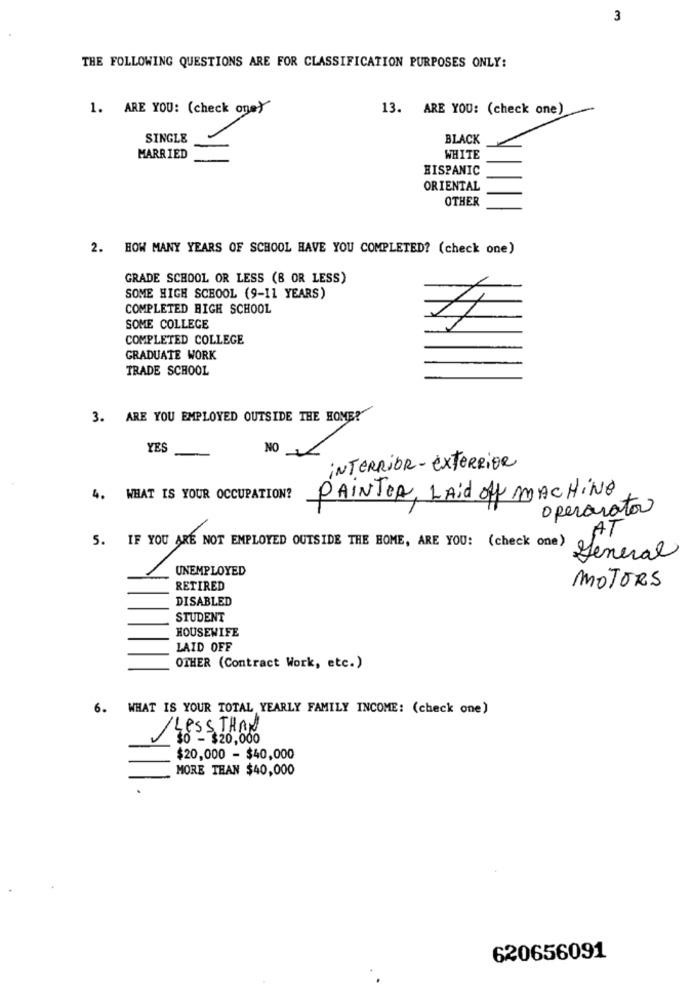
3
THE FOLLOWING QUESTIONS ARE FOR CLASSIFICATION PURPOSES ONLY:
1. ARE YOU: (check one)
13. ARE YOU: (check one)
SINGLE
BLACK
MARRIED
WHITE
HISPANIC
ORIENTAL
OTHER
2. HOW MANY YEARS OF SCHOOL HAVE YOU COMPLETED? (check one)
GRADE SCHOOL OR LESS (B OR LESS)
SOME HIGH SCHOOL (9-11 YEARS)
COMPLETED HIGH SCHOOL
SOME COLLEGE
COMPLETED COLLEGE
GRADUATE WORK
TRADE SCHOOL
3. ARE YOU EMPLOYED OUTSIDE THE HOME?"
YES
NO
INTERRiOR- exterRiOR
4. WHAT IS YOUR OCCUPATION?
PAINTER, Laid off MACHINE
operarator
AT
5. IF YOU ARE NOT EMPLOYED OUTSIDE THE HOME, ARE YOU: (check one)
General
UNEMPLOYED
RETIRED
MOTORS
DISABLED
STUDENT
HOUSEWIFE
LAID OFF
OTHER (Contract Work, etc.)
6. WHAT IS YOUR TOTAL YEARLY FAMILY INCOME: (check one)
/LESS THAN
30 - $20,000
$20,000 - $40,000
MORE THAN $40,000
620656091